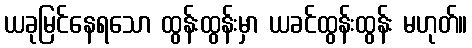
ယခုမြင်နေရသော ထွန်းထွန်းမှာ ယခင်ထွန်းထွန်း မဟုတ်။